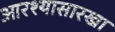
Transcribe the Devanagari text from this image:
आरश्यासारखा